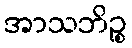
အာသဘိဉ္စ